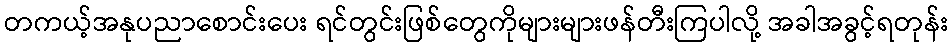
တကယ့်အနုပညာစောင်းပေး ရင်တွင်းဖြစ်တွေကိုများများဖန်တီးကြပါလို့ အခါအခွင့်ရတုန်း